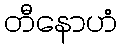
တီနောဟံ